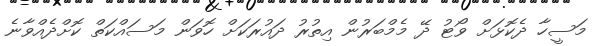
މަސީހާ ދެކޮޅަށް ވޯޓު ދޭ މެމްބަރުން އިތުރު ދައުރަކަށް ހޮވަން މަސައްކަތް ކޮށްދެއްވާނެ